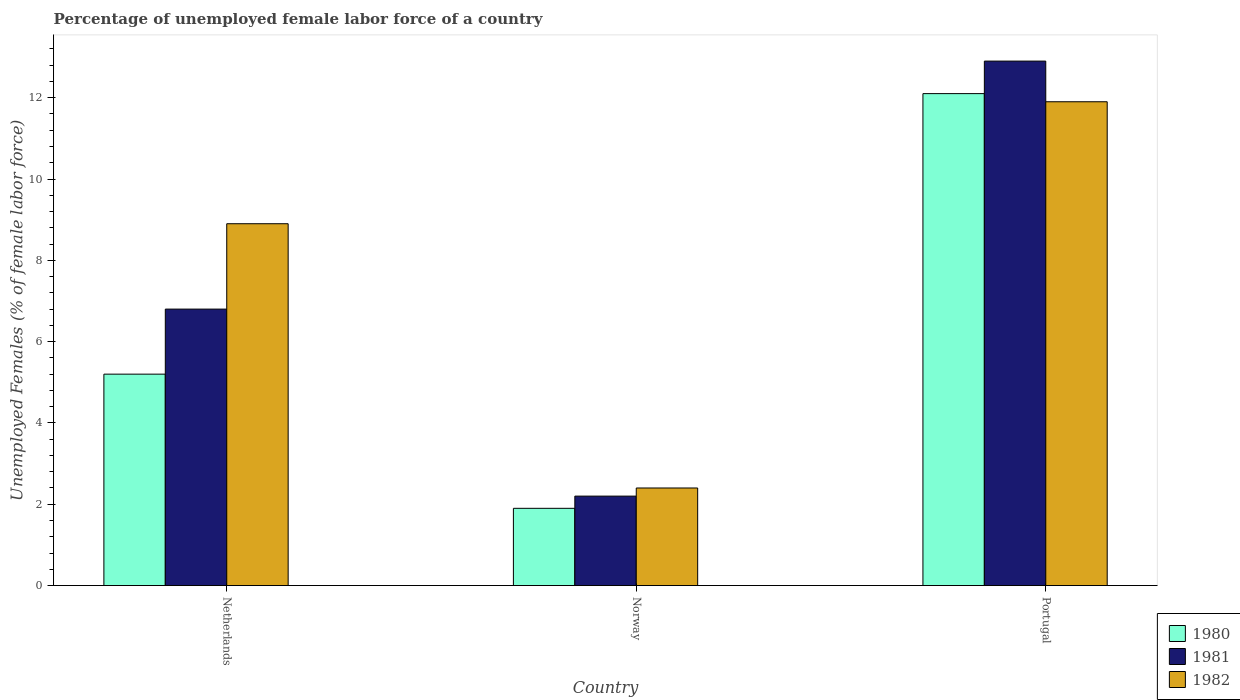
| Country | 1980 | 1981 | 1982 |
 | --- | --- | --- | --- |
 | Netherlands | 5.2 | 6.8 | 8.9 |
 | Norway | 1.9 | 2.2 | 2.4 |
 | Portugal | 12.1 | 12.9 | 11.9 |